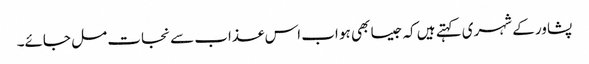
پشاور کے شہری کہتے ہیں کہ جیسا بھی ہو اب اس عذاب سے نجات مل جائے۔